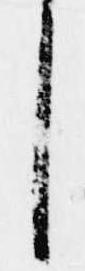
し